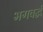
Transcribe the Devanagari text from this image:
भगवर्द्ध